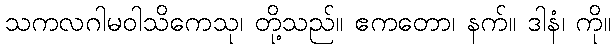
သကလဂါမဝါသိကေသု၊ တို့သည်။ ဧကတော၊ နက်။ ဒါနံ၊ ကို။